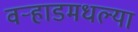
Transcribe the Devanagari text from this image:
वर्‍हाडमधल्या